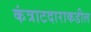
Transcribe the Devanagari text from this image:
कंत्राटदाराकडील